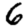
Digit: 6